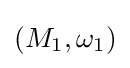
(M_{1},\omega _{1})